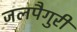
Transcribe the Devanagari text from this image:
जलपैगुरी